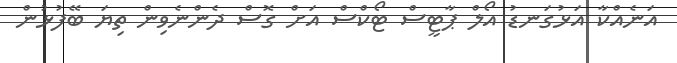
އަނެއްކާ އަޅުގަނޑު އޯލް ޕާޓީސް ޓޯކްސް އަށް ގޮސް ދެންނެވިން ތިޔަ ބޭފުޅުން